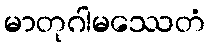
မာတုဂါမဿေတံ